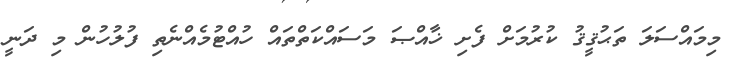
މިމައްސަލަ ތަޙުޤީޤު ކުރުމަށް ފެށި ޚާއްޞަ މަސައްކަތްތައް ހުއްޓުމެއްނެތި ފުލުހުން މި ދަނީ